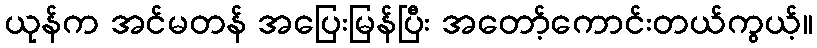
ယုန်က အင်မတန် အပြေးမြန်ပြီး အတော့်ကောင်းတယ်ကွယ့်။